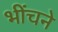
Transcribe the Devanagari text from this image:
भींचने